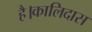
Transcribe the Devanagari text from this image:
है।कालिदास